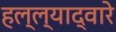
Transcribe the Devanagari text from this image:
हल्ल्याद्वारे